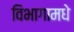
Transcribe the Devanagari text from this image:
विभागामधे